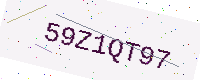
Text: 59Z1QT97